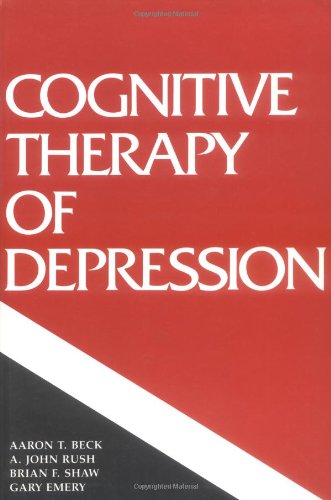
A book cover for Cognitive Therapy of Depression (Guilford Clinical Psychology and Psychopathology); Aaron T. Beck; Health, Fitness & Dieting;